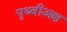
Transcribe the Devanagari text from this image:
पृथ्वीअक्ष